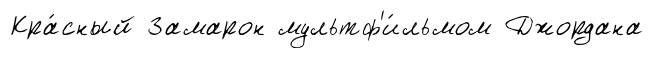
Кра́сный Замарон мультф'и́льмом Джордана